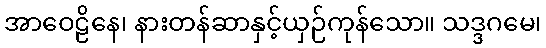
အာဝေဠိနေ၊ နားတန်ဆာနှင့်ယှဉ်ကုန်သော။ သဒ္ဒဂမေ၊